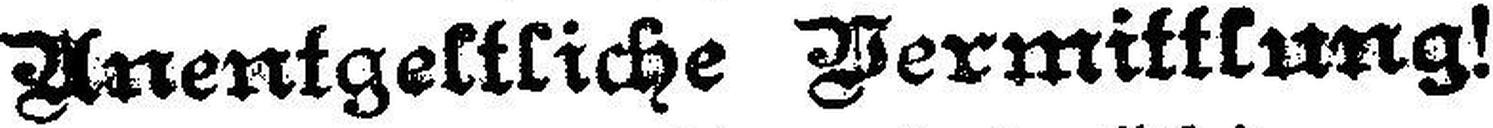
Anentgeltliche Vermittlung!